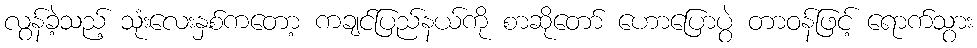
လွန်ခဲ့သည့် သုံးလေးနှစ်ကတော့ ကချင်ပြည်နယ်ကို စာဆိုတော် ဟောပြောပွဲ တာဝန်ဖြင့် ရောက်သွား